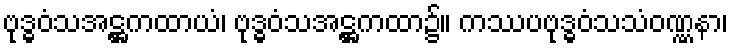
ဗုဒ္ဓဝံသအဋ္ဌကထာယံ၊ ဗုဒ္ဓဝံသအဋ္ဌကထာ၌။ ကဿပဗုဒ္ဓဝံသသံဝဏ္ဏနာ၊